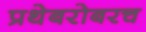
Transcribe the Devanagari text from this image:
प्रथेबरोबरच